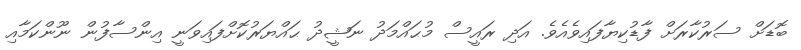
ބޮޑަށް ސަރުކާރަށް ފާޑުކިޔާފައިވެއެވެ. އަދި ރައީސް މުޙައްމަދު ނަޝީދު ޙައްޔަރުކޮށްފައިވަނީ އިންސާފުން ނޫންކަމާއި